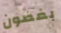
بغضون